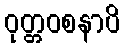
ဝုတ္တဝစနာပိ